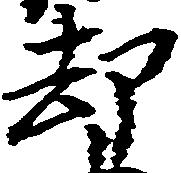
却